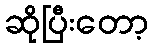
ဆိုပြီးတော့